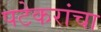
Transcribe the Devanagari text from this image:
पटेकरांचा